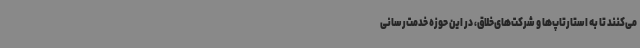
می‌کنند تا به استارتاپ‌ها و شرکت‌های‌خلاق، در این حوزه خدمت‌رسانی